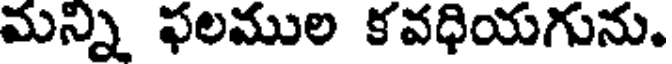
మన్ని ఫలముల కవధియగును.